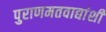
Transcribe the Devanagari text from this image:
पुराणमतवाद्यांशी